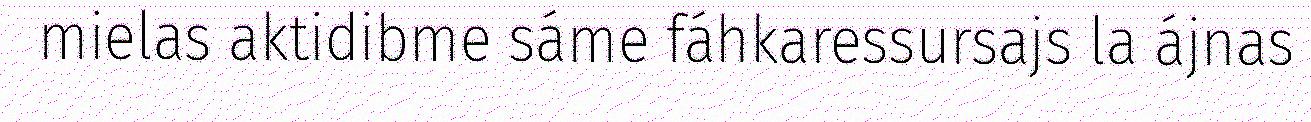
mielas aktidibme sáme fáhkaressursajs la ájnas